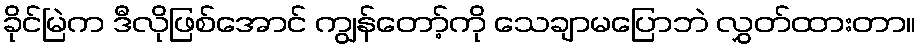
ခိုင်မြဲက ဒီလိုဖြစ်အောင် ကျွန်တော့်ကို သေချာမပြောဘဲ လွှတ်ထားတာ။